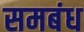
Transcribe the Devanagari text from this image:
समबंध